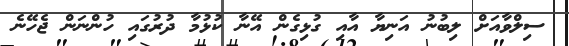
ސިލްވާއަށް ލިބުނު އަނިޔާ އާއި ގުޅިގެން އޭނާ ކުޅުމާ ދުރުގައި ހުންނަން ޖެހޭނެ